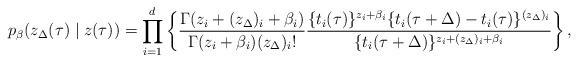
LaTeX: \begin{align*}p_\beta & (z_\Delta(\tau) \mid z(\tau)) =\prod^d_{i=1}\left\{\frac{\Gamma (z_i + (z_\Delta)_i + \beta_i)}{\Gamma (z_i + \beta_i) (z_\Delta)_i!}\frac{\{t_i(\tau)\}^{z_i + \beta_i}\{t_i(\tau+\Delta) - t_i(\tau)\}^{(z_\Delta)_i}}{\{t_i(\tau+\Delta)\}^{z_i + (z_\Delta)_i + \beta_i}}\right\},\end{align*}